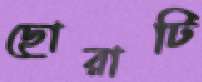
ছোরাটি